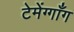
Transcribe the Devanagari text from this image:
टेमेंग्गाँग